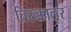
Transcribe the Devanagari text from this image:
तिरुक्कालूर